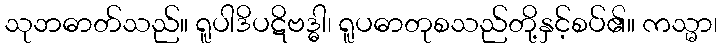
သုဘဓာတ်သည်။ ရူပါဒိပဋိဗဒ္ဓါ၊ ရူပဓာတုစသည်တို့နှင့်စပ်၏။ ကသ္မာ၊